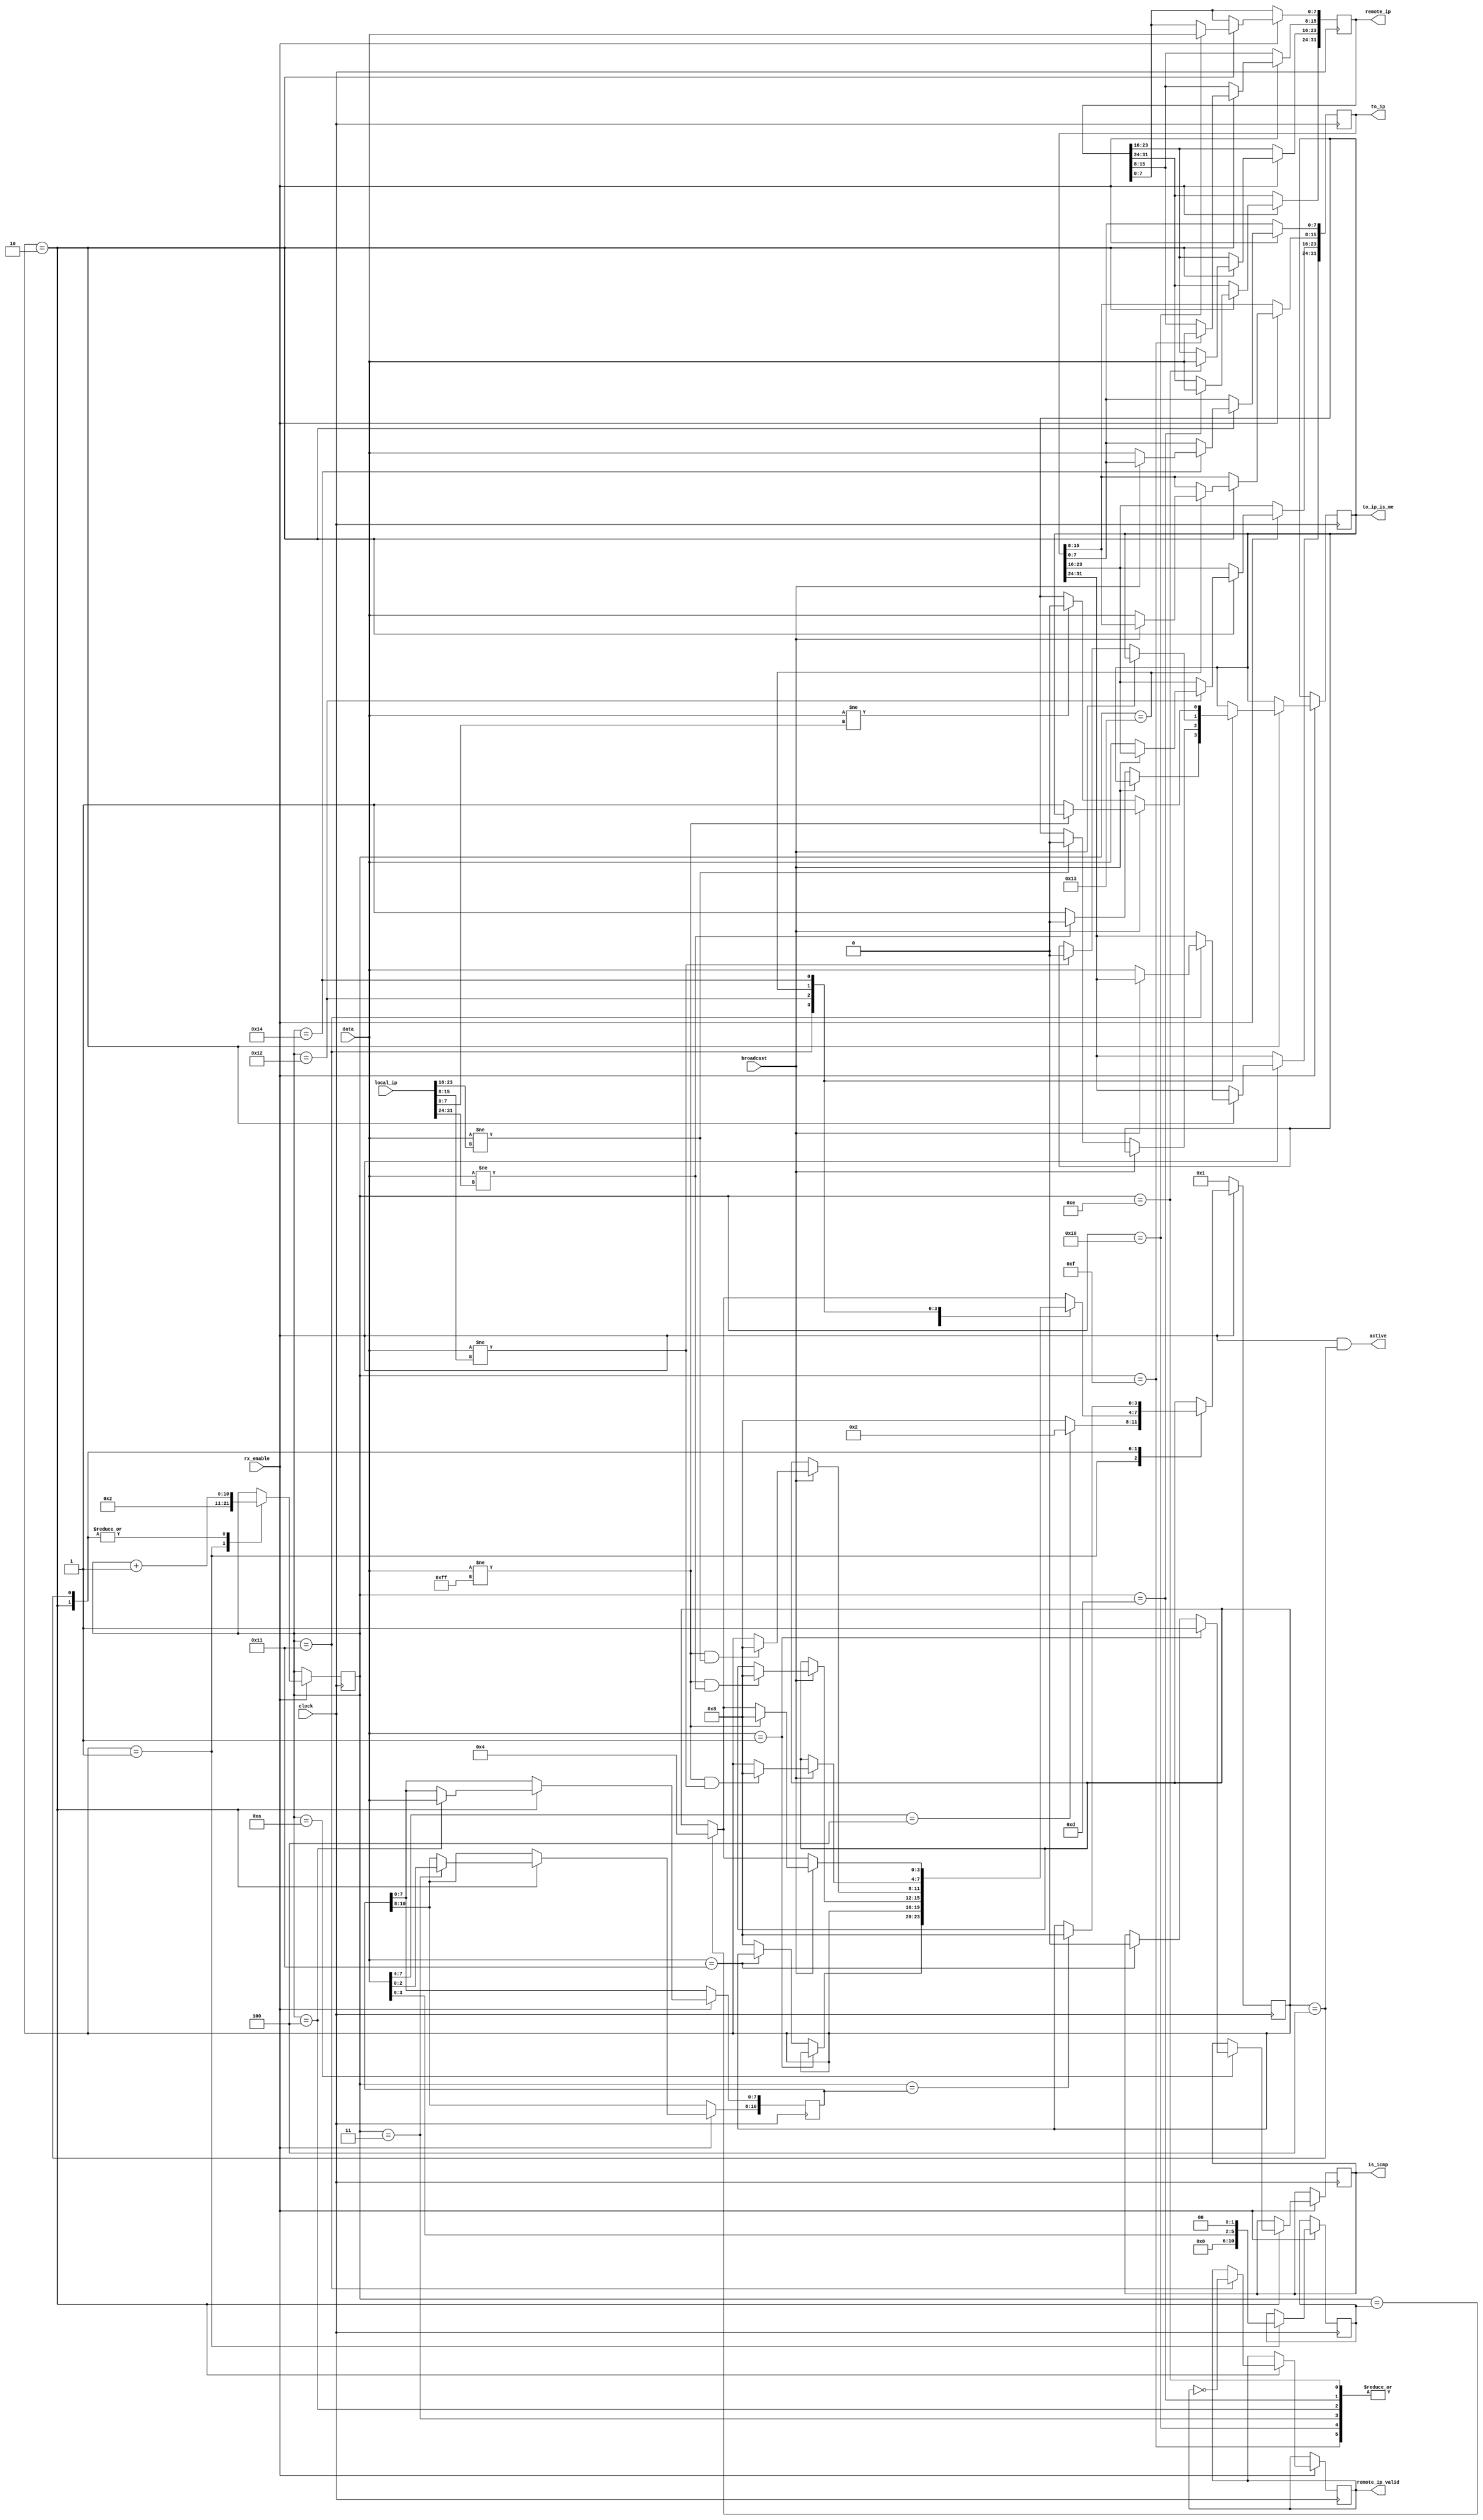
// This program was cloned from: https://github.com/n1gp/Anvelina_PROIII
// License: GNU General Public License v3.0

//
//  HPSDR - High Performance Software Defined Radio
//
//  Metis code.
//
//  This program is free software; you can redistribute it and/or modify
//  it under the terms of the GNU General Public License as published by
//  the Free Software Foundation; either version 2 of the License, or
//  (at your option) any later version.
//
//  This program is distributed in the hope that it will be useful,
//  but WITHOUT ANY WARRANTY; without even the implied warranty of
//  MERCHANTABILITY or FITNESS FOR A PARTICULAR PURPOSE.  See the
//  GNU General Public License for more details.
//
//  You should have received a copy of the GNU General Public License
//  along with this program; if not, write to the Free Software
//  Foundation, Inc., 59 Temple Place, Suite 330, Boston, MA  02111-1307  USA


//  Metis code copyright 2010, 2011, 2012, 2013 Phil Harman VK6APH, Alex Shovkoplyas, VE3NEA.


module ip_recv (
  //input data stream
  input             clock          ,
  input             rx_enable      ,
  input      [ 7:0] data           ,
  input             broadcast      ,
  input      [31:0] local_ip       ,
  //output
  output            active         ,
  output reg        is_icmp        ,
  output     [31:0] remote_ip      ,
  output            remote_ip_valid,
  output reg [31:0] to_ip	   ,
  output reg        to_ip_is_me
);


localparam ST_IDLE = 4'd1, ST_HEADER = 4'd2, ST_PAYLOAD = 4'd4, ST_DONE = 4'd8;

reg [ 3:0] state         ;
reg [10:0] header_len, packet_len, byte_no;
reg [31:0] temp_remote_ip;
reg        temp_remote_ip_valid = 1'b0;

assign remote_ip       = temp_remote_ip;
assign remote_ip_valid = temp_remote_ip_valid;

assign active = rx_enable & (state == ST_PAYLOAD);

always @(posedge clock)
  if (rx_enable)
    case (state)
      ST_IDLE:
        begin
          //save header length
          header_len <= {data[3:0], 2'b0};
          byte_no <= 11'd2;                       // need to skip the next byte
          //is protocol = IPv4?
          state <= (data[7:4] == 4'h4)? ST_HEADER : ST_DONE;
        end
      ST_HEADER:
        begin
          case (byte_no)
            //save packet length
            3: packet_len[10:8] <= data [2:0];
            4: packet_len[7:0]  <= data;

            //determine the protocol
            10: if (data == 8'd1) is_icmp <= 1'b1;
            else if (data == 8'h11)   // then will be udp
              is_icmp <= 1'b0;
            else state <= ST_DONE;    // neither so exit

            //save sender's ip
            13: temp_remote_ip[31:24] <= data;
            14: temp_remote_ip[23:16] <= data;
            15: temp_remote_ip[15:8]  <= data;
            16: temp_remote_ip[7:0]   <= data;

            //verify broadcast - or save to_ip
            17: begin
              temp_remote_ip_valid <= ~temp_remote_ip_valid;
              if (broadcast) begin
                if (data != 8'd255 && data != local_ip[31-:8]) state <= ST_DONE;
              end
              else begin
	        to_ip[31-:8] <= data;  // save the ip address this packet is addressed to
                if (data != local_ip[31-:8]) 
		  to_ip_is_me <= 1'b0;
		else 
		  to_ip_is_me <= 1'b1;
	      end
            end

            18: if (broadcast) begin
              if (data != 8'd255 && data != local_ip[23-:8]) state <= ST_DONE;
            end
	    else begin
	      to_ip[23-:8] <= data;
              if (data != local_ip[23-:8]) 
		to_ip_is_me <= 1'b0;
	    end

            19: if (broadcast) begin
              if (data != 8'd255 && data != local_ip[15-:8]) state <= ST_DONE;
            end
            else begin
	      to_ip[15-:8] <= data;
              if (data != local_ip[15-:8]) 
		to_ip_is_me <= 1'b0;
	    end

            20:   if (broadcast) begin
              if(data != 8'd255) state <= ST_DONE;
	      else begin
		to_ip_is_me <= 1'b1;
		if (byte_no == header_len) begin
                  byte_no <= 11'd1;
                  state <= ST_PAYLOAD;
		end
              end
            end
            else begin
              to_ip[7-:8] <= data;
              if (data != local_ip[7-:8]) 
		to_ip_is_me <= 1'b0;
              if (byte_no == header_len) begin
                byte_no <= 11'd1;
                state <= ST_PAYLOAD;
              end
            end

            default
              if (byte_no == header_len) state <= ST_PAYLOAD;
          endcase

          byte_no <= byte_no + 11'd1;
        end

      ST_PAYLOAD:
        begin
          //end of payload, ignore the ethernet crc that follows
          if (byte_no == packet_len) state <= ST_DONE;
          byte_no <= byte_no + 11'd1;
        end
      endcase

  else //!rx_enable
    state <= ST_IDLE;



endmodule